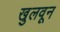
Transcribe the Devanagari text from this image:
खुलवून